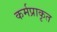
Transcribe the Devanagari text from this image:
कर्मप्राकृत